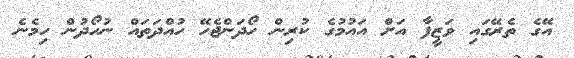
އޭގެ ތެރޭގައި ވަޒީފާ އަށް އައުމުގެ ކުރިން ހޯދަންޖެހޭ ހުއްދަތައް ނުހޯދުން ހިމެނެ